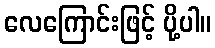
လေကြောင်းဖြင့် ပို့ပါ။